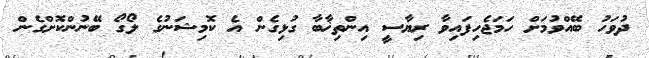
ދުވަހު ބޭއްވުމަށް ހަމަޖެހިފައިވާ ރިޔާސީ އިންތިޚާބާ ގުޅިގެން އެ ކޮމިޝަނުގެ ލޯގޯ ބޭނުންކޮށްގެން